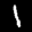
Label: 1